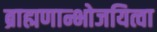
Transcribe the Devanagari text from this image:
ब्राह्मणान्भोजयित्वा